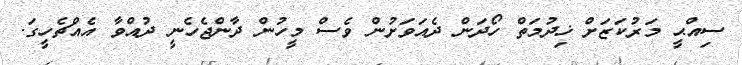
ސިއްޙީ މަރުކަޒަށް ޚިދުމަތް ހޯދަން ދެއަވަށުން ވެސް މީހުން ދާންޖެހެނީ ދުއްވާ އެއްޗެހީގަ.